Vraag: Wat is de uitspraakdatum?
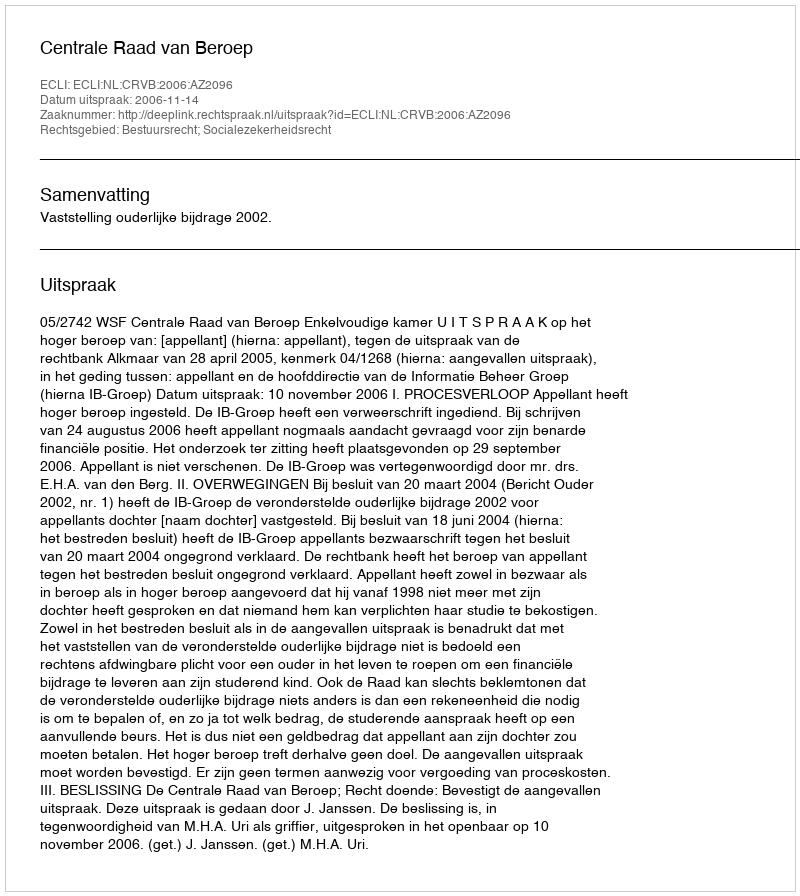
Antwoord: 2006-11-14